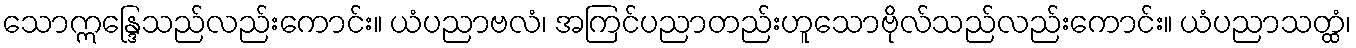
သောဣန္ဒြေသည်လည်းကောင်း။ ယံပညာဗလံ၊ အကြင်ပညာတည်းဟူသောဗိုလ်သည်လည်းကောင်း။ ယံပညာသတ္ထံ၊